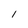
Character: I